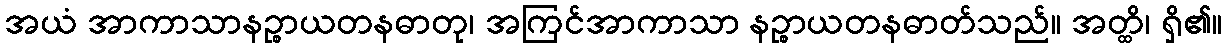
အယံ အာကာသာနဉ္စာယတနဓာတု၊ အကြင်အာကာသာ နဉ္စာယတနဓာတ်သည်။ အတ္ထိ၊ ရှိ၏။